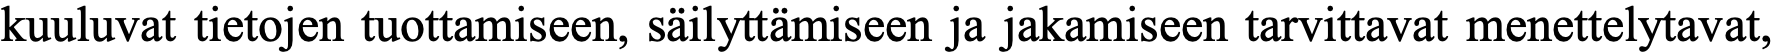
kuuluvat tietojen tuottamiseen, säilyttämiseen ja jakamiseen tarvittavat menettelytavat,